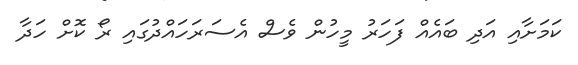
ކަމަށާއި އަދި ބައެއް ފަހަރު މީހުން ވެސް އެސަރަހައްދުގައި ރޯ ކޮށް ހަދާ